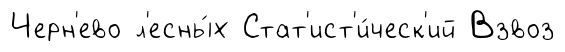
Черн'ево л'есны́х Стат'ист'и́ческ'ий Взвоз